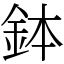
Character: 鉢